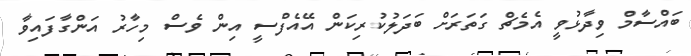
ބައްސާމް ވިދާޅުވީ އެމެޗް ގަތަރަށް ބަދަލުކުރިކަން އޭއެފްސީ އިން ވެސް މިހާރު އަންގާފައިވާ